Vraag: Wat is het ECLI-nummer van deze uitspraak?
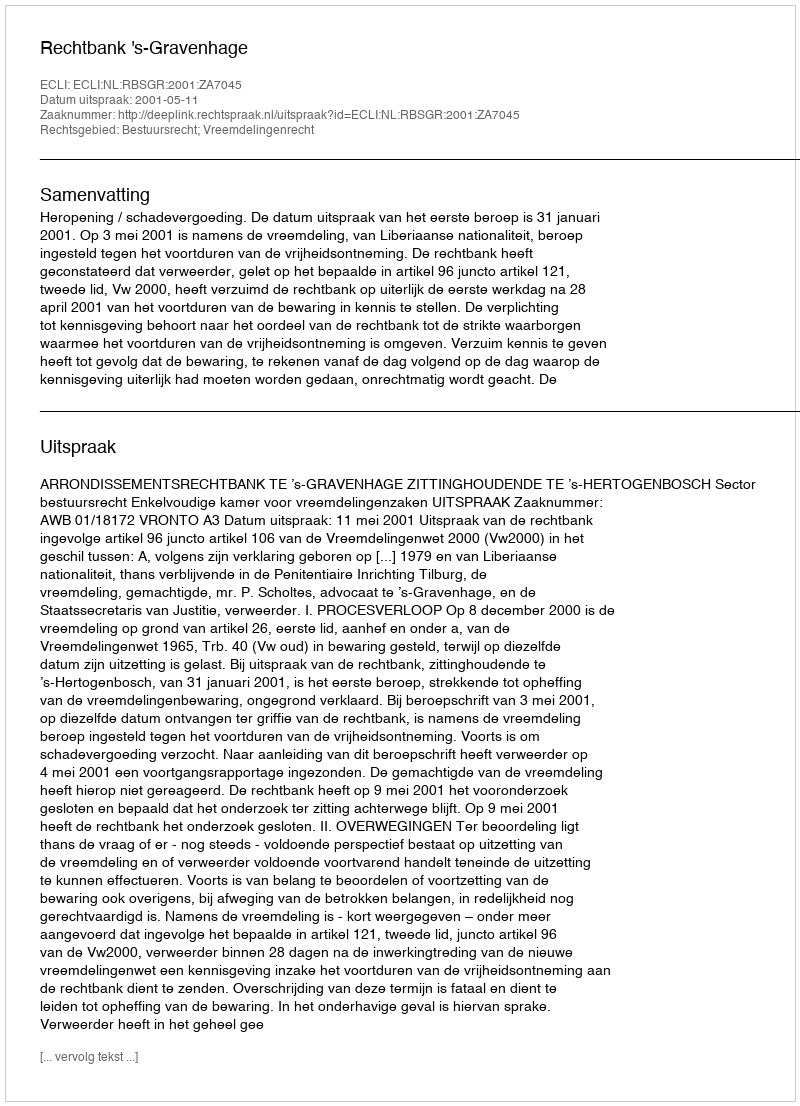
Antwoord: ECLI:NL:RBSGR:2001:ZA7045